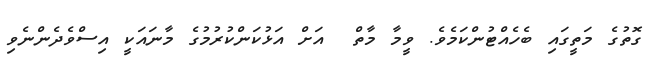
ގޮތުގެ މަތީގައި ބެހެއްޓުންކަމެވެ. ވީމާ މާތް  އަށް އަޅުކަންކުރުމުގެ މާނައަކީ އިސްވެދެންނެވި